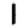
Digit: 1